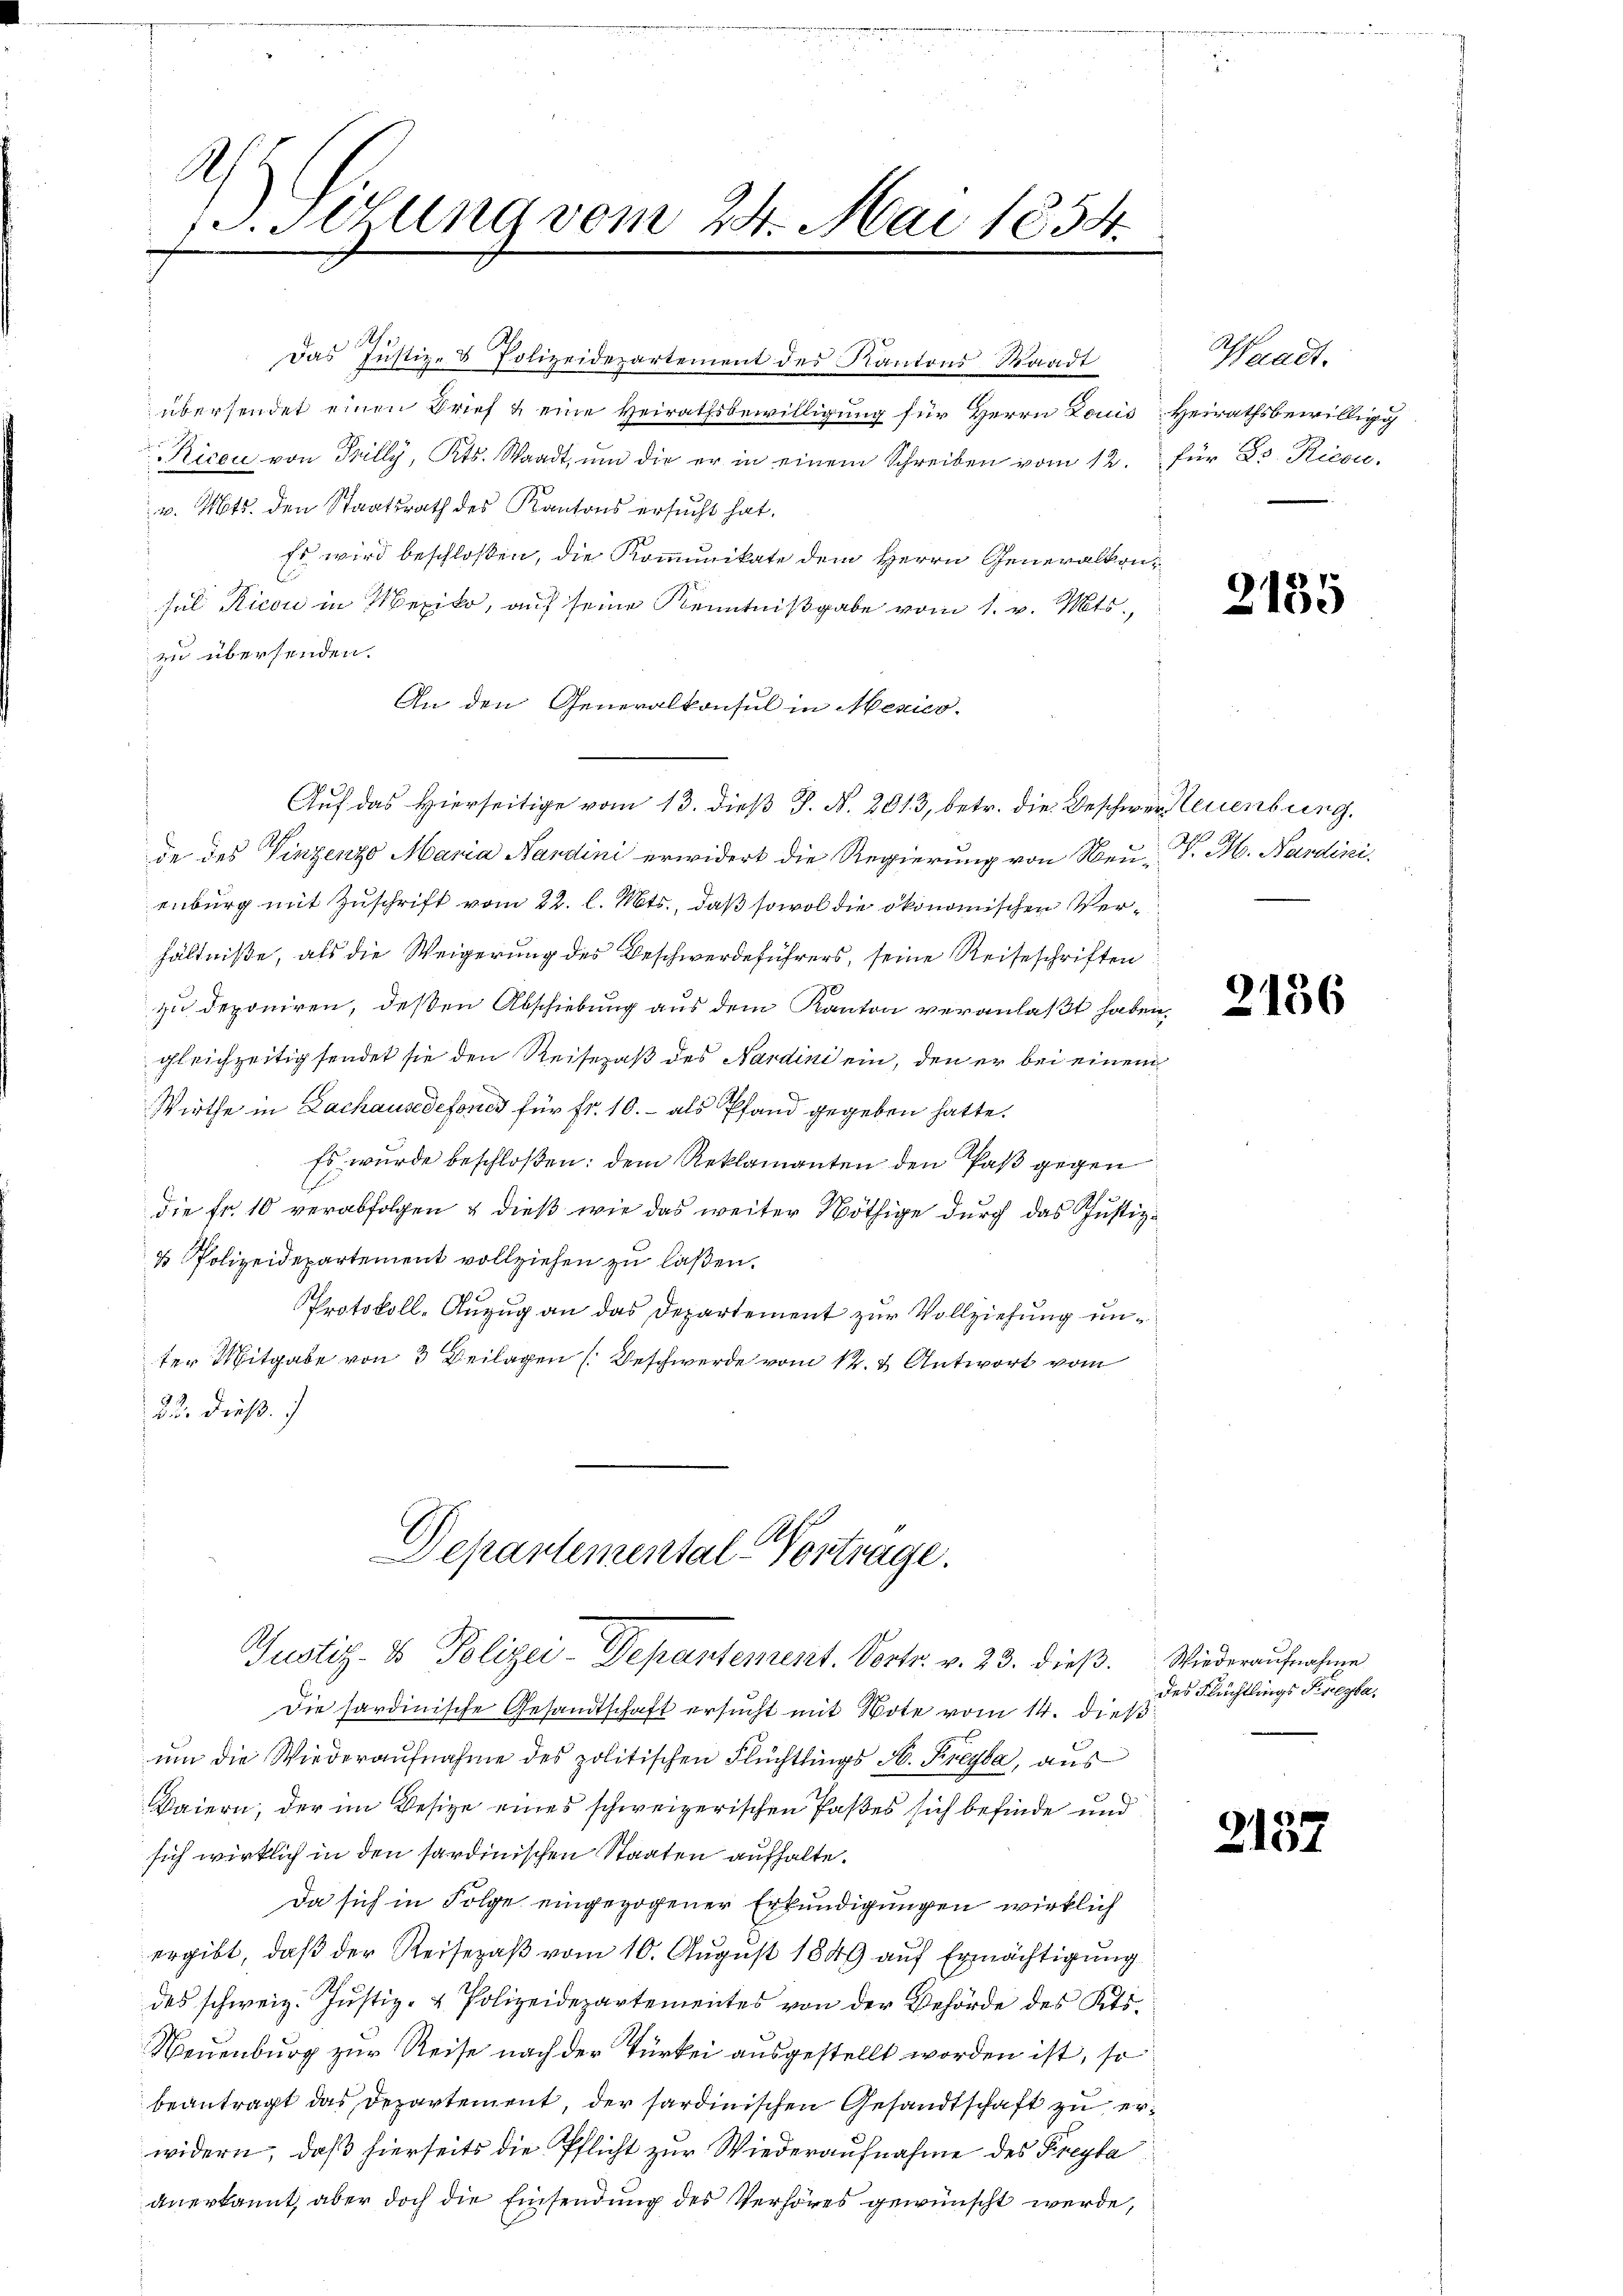
.
Stzung vom 24. Mai 1854.

h
Das Justiz- & Polizeidepartement des Kantons Waadt
übersendet einen Brief u eine Heirathsbewilligung für Herrn Louis Heirathsbewilligg
Ricen von Tilly, Kts. Waadt, um die er in einem Schreiben vom 12.
v. Mts. den Staatsrath des Kantons ersucht hat.
Es wird beschloßen, die Kommunikate dem Herrn Generalkonsul Ricon in Mexiko, auf seine Kenntnißgabe vom 1. v. Mts.,
zu übersenden.
An den Generalkonsul in Mexico.
Auf das Hierseitige vom 13. dieß J. N. 2013, betr. die Beschwer Neuenburg.
de des Vinzenzo Maria Nandini erwidert die Regierung von Neu- P. M. Nardini,
enburg mit Zuschrift vom 22. l. Mts., daß sowol die ökonomischen Verhältniße, als die Weigerung des Beschwerdeführers, seine Reiseschriften
zu deponiren, deßen Abschiebung aus dem Kanton veranlaßt haben.
gleichzeitig sendet sie den Reisepaß des Sardini ein, den er bei einem
Wirthe in Lachausedefones für Fr. 10.- als Pfand gegeben hatte.
Es wurde beschloßen: dem Reklamanten den Paß gegen
die Fr. 10 verabfolgen & dieß wie das weiter Nöthige durch das Justiz¬
u Polizeidepartement vollziehen zu laßen.
Protokoll- Anzug an das Departement zur Vollziehung unter Mitgabe von 3 Beilagen (Beschwerde vom 12. & Antwort vom
22. dieß.

Departemental-Vortrage.
Justiz- & Polizei-Departement. Vertr. v. 23. dieß.

Die sardinische Gesandtschaft ersucht mit Note vom 14. dieß
um die Wiederaufnahme des politischen Flüchtlings A. Kreyta, aus
Baiern, der im Wesige eines schweizerischen Paßes sich befinde und
sich wirklich in den sardinischen Staaten aufhalte.
Da sich in Folge eingezogener Erkundigungen wirklich
ergibt, daß der Reisepaβ vom 10. August 1849 auf Ermächtigung
des schweiz. Justiz- & Polizeidepartementes von der Behörde des Kts.
Neuenburg zur Reise nach der Türkei ausgestellt worden ist, so
beantragt das Departement, der sardinischen Gesandtschaft zu erwidern, daß hierseits die Pflicht zur Wiederaufnahme des Freyta
anerkannt, aber doch die Einsendung des Verhöres gewünscht werde,

Waadt.
für Dr. Riese.

2135

2156

Wiederaufnahme
des Flüchtlings Freyta

2137